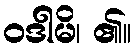
ဝဒါမိ၊ ၏။